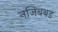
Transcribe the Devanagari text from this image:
नजिबबड